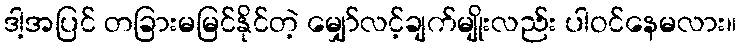
ဒါ့အပြင် တခြားမမြင်နိုင်တဲ့ မျှော်လင့်ချက်မျိုးလည်း ပါဝင်နေမလား။